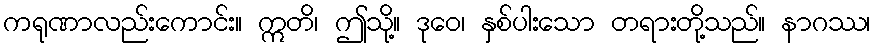
ကရုဏာလည်းကောင်း။ ဣတိ၊ ဤသို့။ ဒုဝေ၊ နှစ်ပါးသော တရားတို့သည်။ နာဂဿ၊